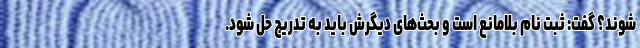
شوند؟ گفت: ثبت نام بلامانع است و بحث‌های دیگرش باید به تدریج حل شود.